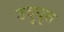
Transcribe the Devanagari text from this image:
उदूधृत